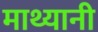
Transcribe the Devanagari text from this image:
माथ्यानी